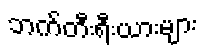
ဘက်တီးရီးယားများ